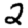
Digit: 2